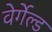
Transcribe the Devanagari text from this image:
वेर्गेल्ड